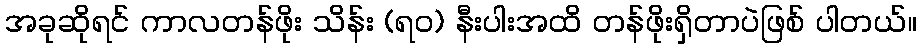
အခုဆိုရင် ကာလတန်ဖိုး သိန်း (ရဝ) နီးပါးအထိ တန်ဖိုးရှိတာပဲဖြစ် ပါတယ်။